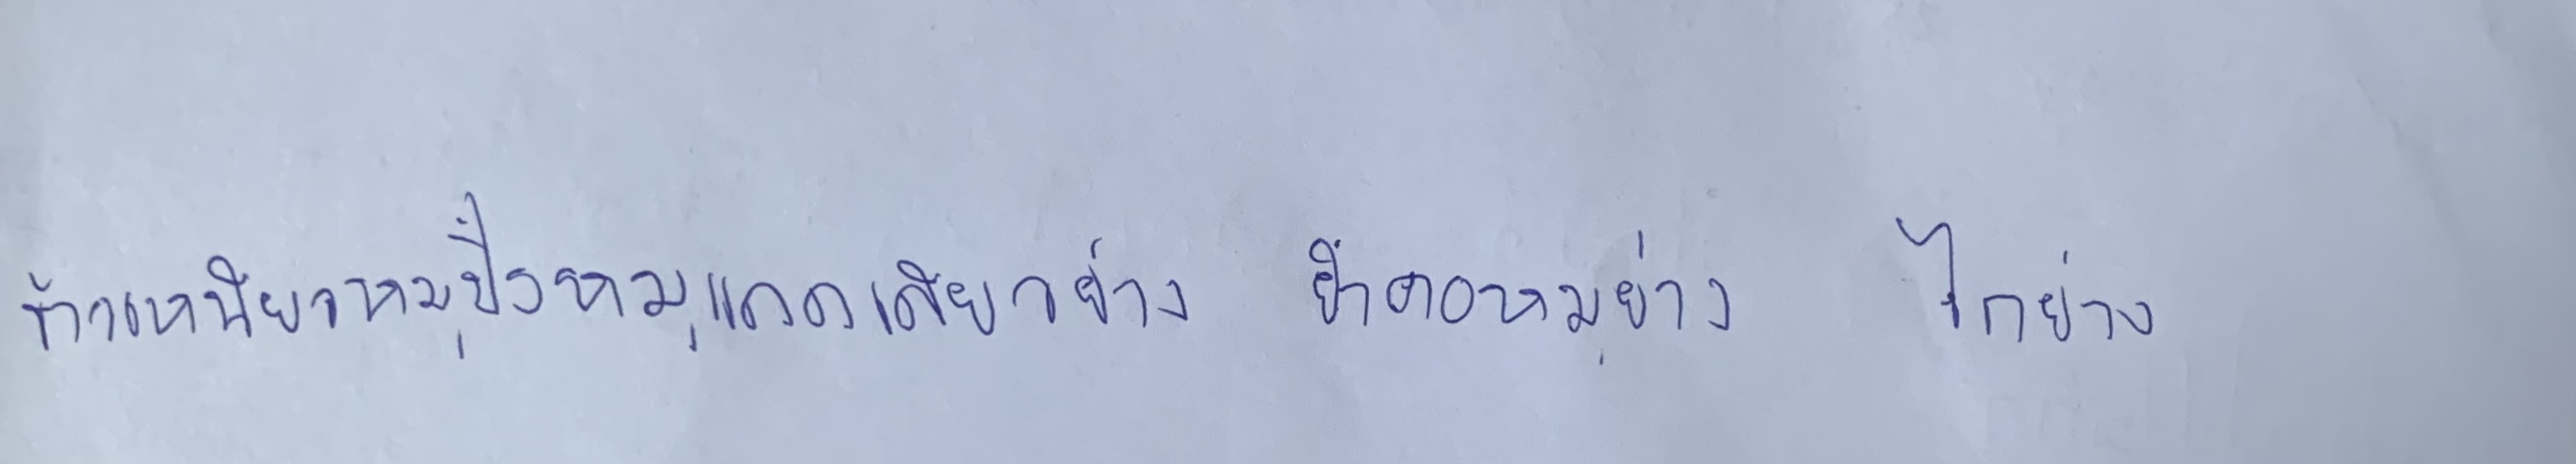
มากระทำพิธีกรรมอันศักดิ์สิทธิ์เพื่อรวมศูนย์ความศรัทธาและจงรักภักดีมาขึ้นตรงต่อรัฐ